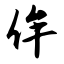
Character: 侔